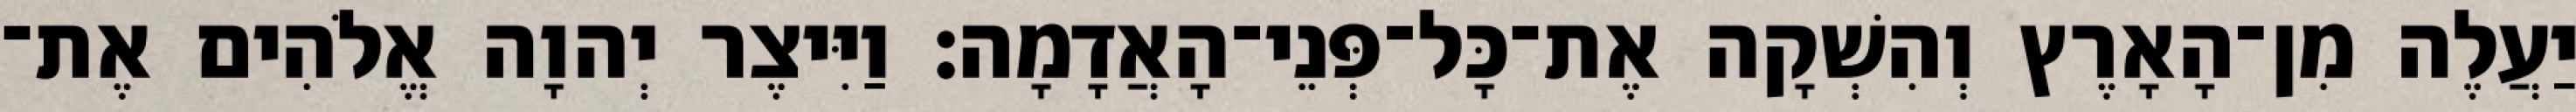
יַעֲלֶה מִן־הָאָרֶץ וְהִשְׁקָה אֶת־כָּל־פְּנֵי־הָאֲדָמָה׃ וַיִּיצֶר יְהוָה אֱלֹהִים אֶת־